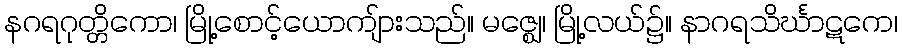
နဂရဂုတ္တိကော၊ မြို့စောင့်ယောကျ်ားသည်။ မဇ္ဈေ၊ မြို့လယ်၌။ နာဂရသိင်္ဃာဋကေ၊